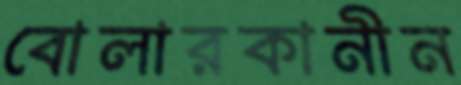
বোলারকানীন